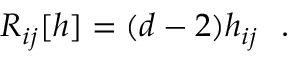
{ \cal R } _ { i j } [ h ] = ( d - 2 ) h _ { i j } ~ ~ .